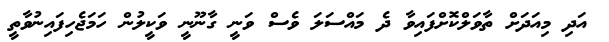
އަދި މިއަދަށް ތާވަލްކޮށްފައިވާ ދެ މައްސަލަ ވެސް ވަނީ ގާނޫނީ ވަކީލުން ހަމަޖެހިފައިނުވާތީ